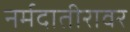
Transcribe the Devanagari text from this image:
नर्मदातीरावर